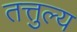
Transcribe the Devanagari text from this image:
तत्तुल्य